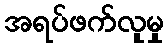
အရပ်ဖက်လူမှု